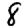
Digit: 8